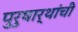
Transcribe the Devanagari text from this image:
पुरुषार्थांची